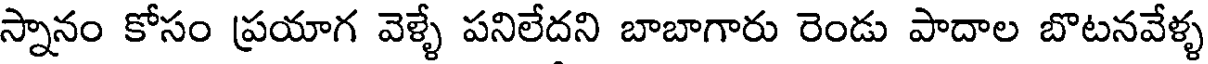
స్నానం కోసం ప్రయాగ వెళ్ళే పనిలేదని బాబాగారు రెండు పాదాల బొటనవేళ్ళ